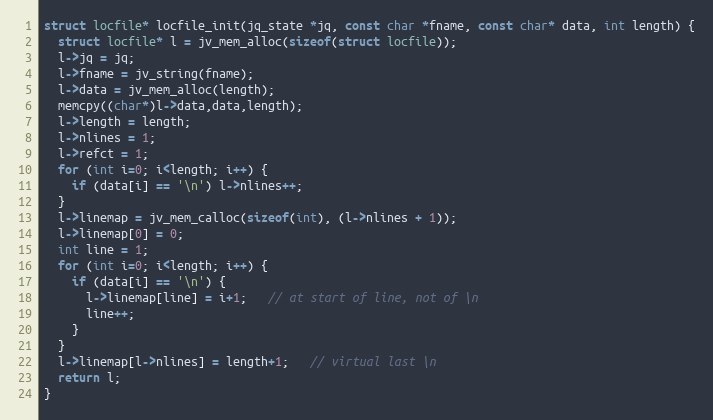
Language: C
struct locfile* locfile_init(jq_state *jq, const char *fname, const char* data, int length) {
  struct locfile* l = jv_mem_alloc(sizeof(struct locfile));
  l->jq = jq;
  l->fname = jv_string(fname);
  l->data = jv_mem_alloc(length);
  memcpy((char*)l->data,data,length);
  l->length = length;
  l->nlines = 1;
  l->refct = 1;
  for (int i=0; i<length; i++) {
    if (data[i] == '\n') l->nlines++;
  }
  l->linemap = jv_mem_calloc(sizeof(int), (l->nlines + 1));
  l->linemap[0] = 0;
  int line = 1;
  for (int i=0; i<length; i++) {
    if (data[i] == '\n') {
      l->linemap[line] = i+1;   // at start of line, not of \n
      line++;
    }
  }
  l->linemap[l->nlines] = length+1;   // virtual last \n
  return l;
}